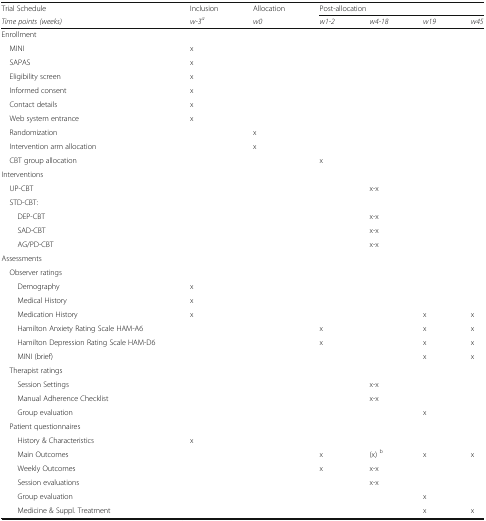
| Trial Schedule | Inclusion | Allocation | <COLSPAN=4> Post-allocation |
 | Time points (weeks) | w-3a | w0 | w1-2 | w4-18 | w19 | w45 |
 | --- | --- | --- | --- | --- | --- | --- |
 | Enrollment |  |  |  |  |  |  |
 | MINI | x |  |  |  |  |  |
 | SAPAS | x |  |  |  |  |  |
 | Eligibility screen | x |  |  |  |  |  |
 | Informed consent | x |  |  |  |  |  |
 | Contact details | x |  |  |  |  |  |
 | Web system entrance | x |  |  |  |  |  |
 | Randomization |  | x |  |  |  |  |
 | Intervention arm allocation |  | x |  |  |  |  |
 | CBT group allocation |  |  | x |  |  |  |
 | Interventions |  |  |  |  |  |  |
 | UP-CBT |  |  |  | x-x |  |  |
 | STD-CBT: |  |  |  |  |  |  |
 | DEP-CBT |  |  |  | x-x |  |  |
 | SAD-CBT |  |  |  | x-x |  |  |
 | AG/PD-CBT |  |  |  | x-x |  |  |
 | Assessments |  |  |  |  |  |  |
 | Observer ratings |  |  |  |  |  |  |
 | Demography | x |  |  |  |  |  |
 | Medical History | x |  |  |  |  |  |
 | Medication History | x |  |  |  | x | x |
 | Hamilton Anxiety Rating Scale HAM-A6 |  |  | x |  | x | x |
 | Hamilton Depression Rating Scale HAM-D6 |  |  | x |  | x | x |
 | MINI (brief) |  |  |  |  | x | x |
 | Therapist ratings |  |  |  |  |  |  |
 | Session Settings |  |  |  | x-x |  |  |
 | Manual Adherence Checklist |  |  |  | x-x |  |  |
 | Group evaluation |  |  |  |  | x |  |
 | Patient questionnaires |  |  |  |  |  |  |
 | History & Characteristics | x |  |  |  |  |  |
 | Main Outcomes |  |  | x | (x) b | x | x |
 | Weekly Outcomes |  |  | x | x-x |  |  |
 | Session evaluations |  |  |  | x-x |  |  |
 | Group evaluation |  |  |  |  | x |  |
 | Medicine & Suppl. Treatment |  |  |  |  | x | x |